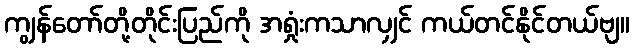
ကျွန်တော်တို့တိုင်းပြည်ကို အရှုံးကသာလျှင် ကယ်တင်နိုင်တယ်ဗျ။